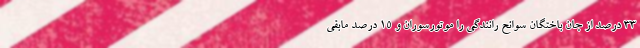
۳۳ درصد از جان باختگان سوانح رانندگی را موتورسوران و ۱۵ درصد مابقی